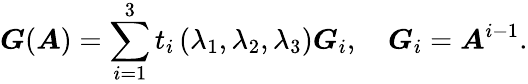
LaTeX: \boldsymbol{G}(\boldsymbol{A})=\sum_{i=1}^{3}t_{i}\left(\lambda_{1},\lambda_{2},\lambda_{3}\right)\boldsymbol{G}_{i},\quad\boldsymbol{G}_{i}=\boldsymbol{A}^{i-1}.